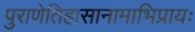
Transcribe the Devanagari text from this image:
पुराणेतिहासानामाभिप्रायः